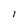
Character: 1